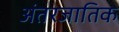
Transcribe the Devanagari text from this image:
अंतरजातिक